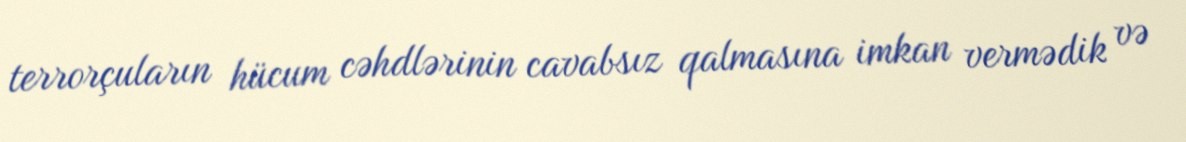
terrorçuların hücum cəhdlərinin cavabsız qalmasına imkan vermədik və